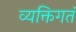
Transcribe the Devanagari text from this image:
व्यक्तिगतं